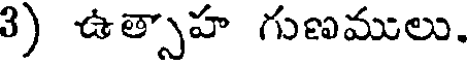
3) ఉత్సాహ గుణములు.